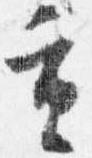
重